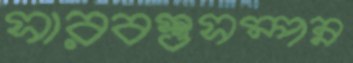
সারবস্তুসম্পন্ন